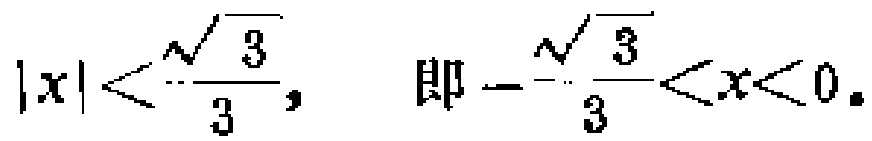
\(|x|<\frac{\sqrt{3}}{3},\ 即 -\frac{\sqrt{3}}{3}<x<0\)